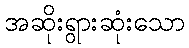
အဆိုးရွားဆုံးသော